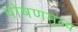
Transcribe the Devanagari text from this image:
पोषणमूल्य